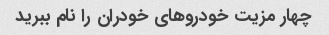
چهار مزیت خودروهای خودران را نام ببرید